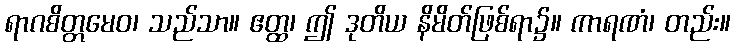
ရာဂစိတ္တမေဝ၊ သည်သာ။ ဧတ္ထ၊ ဤ ဒုတိယ နိမိတ်ဖြစ်ရာ၌။ ကာရဏံ၊ တည်း။